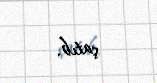
çatıb.